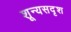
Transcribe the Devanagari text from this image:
शून्यसदृश